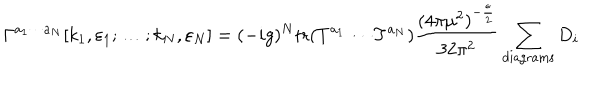
\Gamma ^ { a _ { 1 } \cdots a _ { N } } [ k _ { 1 } , \varepsilon _ { 1 } ; \ldots ; k _ { N } , \varepsilon _ { N } ] = ( - i g ) ^ { N } \mathrm { t r } ( T ^ { a _ { 1 } } \cdots T ^ { a _ { N } } ) { \frac { { ( 4 \pi \mu ^ { 2 } ) } ^ { - { \frac { \epsilon } { 2 } } } } { 3 2 { \pi } ^ { 2 } } } \sum _ { \mathrm { d i a g r a m s } } D _ { i }